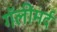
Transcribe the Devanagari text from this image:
गॅलीमर्द